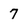
Character: 7